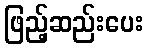
ဖြည့်ဆည်းပေး